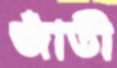
জাঁতী